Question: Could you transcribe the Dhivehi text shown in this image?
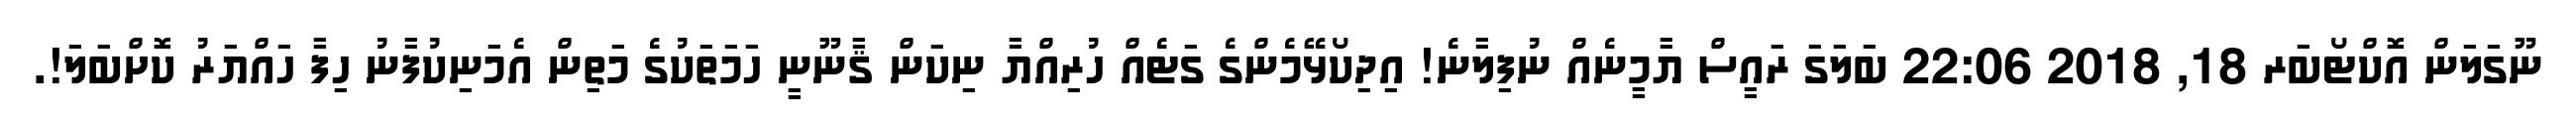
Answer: ނޫގަލަން އޮކްޓޯބަރ 18, 2018 22:06 ބަލަގަ ރައީސް ޔާމީނެއް ނުފިލާނެ! އިދިކޯޅޭމެންގެ ގަޓެއް ހުރިއްޔާ ނިކަން ޤާނޫނީ ހަމަތަކުގެ މަތިން އެމަނިކުފާނު ހިފާ ހައްޔަރު ކޮށްބަލަ!.